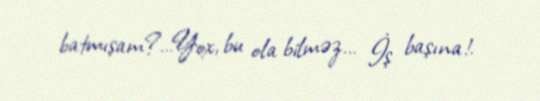
batmışam?…Yox, bu ola bilməz… İş başına!.